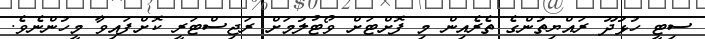
ސިޓީ ހުޅުދޫ ރައްޔިތުންގެ ތެރެއިން މި ފޮށްޓަށް ވޯޓުލުމަށް ރަޖިސްޓަރީ ކޮށްފައިވާ މީހުންނެވެ.